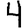
Digit: 4